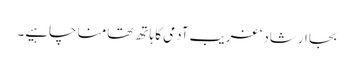
بجا ارشاد‘ غریب آدمی کا ہاتھ تھامنا چاہیے۔